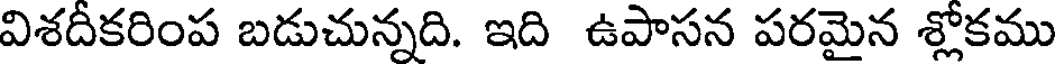
విశదీకరింప బడుచున్నది. ఇది ఉపాసన పరమైన శ్లోకము